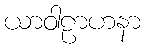
ယာဝါဠာဟနာ